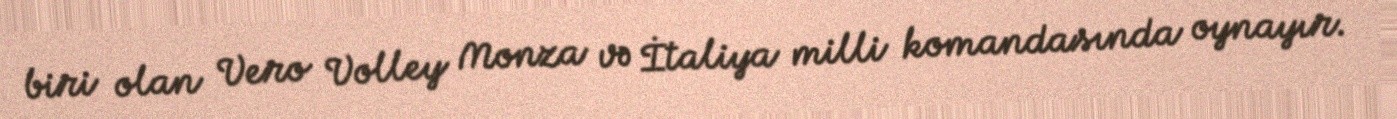
biri olan Vero Volley Monza və İtaliya milli komandasında oynayır.